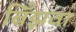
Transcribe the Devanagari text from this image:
बिँझवा